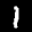
Digit: 1